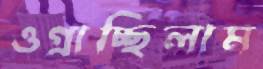
ওগ্‌রাচ্ছিলাম